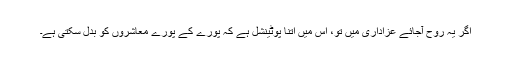
اگر یہ روح آجائے عزاداری میں تو، اس میں اتنا پوٹینشل ہے کہ پورے کے پورے معاشروں کو بدل سکتی ہے۔